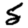
Digit: 5